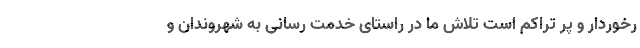
رخوردار و پر تراکم است تلاش ما در راستای خدمت رسانی به شهروندان و